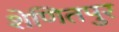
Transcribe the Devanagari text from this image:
शेणितपुर